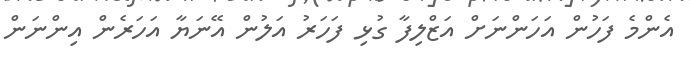
އެންމެ ފަހުން އަހަންނަށް އަޒްލިފާ ގުޅި ފަހަރު އަލުން އޭނަޔާ އަހަރެން އިންނަން